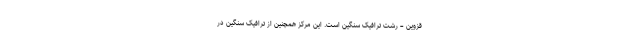
قزوین – رشت ترافیک سنگین است. این مرکز همچنین از ترافیک سنگین در